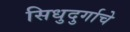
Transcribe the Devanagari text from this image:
सिधुदुर्गाचे